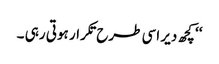
‘‘ کچھ دیر اسی طرح تکرار ہوتی رہی ۔